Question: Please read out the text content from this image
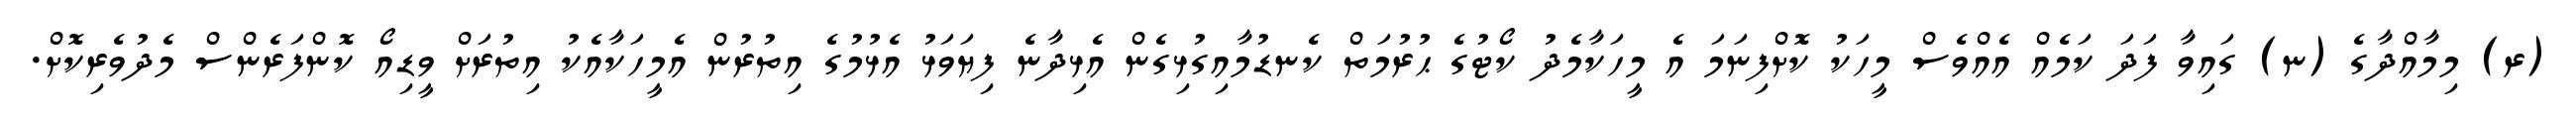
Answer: (ރ) މިމާއްދާގެ (ނ) ގައިވާ ފަދަ ކަމެއް އެއްވެސް މީހަކު ކޮށްފިނަމަ އެ މީހަކާމެދު ކޯޓުގެ ޙުރުމަތް ކެނޑުމާއިގުޅިގެން އެޅިދާނެ ފިޔަވަޅު އެޅުމުގެ އިތުރުން އެމީހަކާއެކު އިތުރަށް ވީޑިއޯ ކޮންފަރެންސް މެދުވެރިކޮށް.